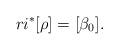
LaTeX: \begin{align*}r i^{*}[\rho] = [\beta_{0}].\end{align*}